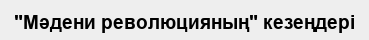
"Мәдени революцияның" кезеңдері